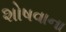
શોષવાના